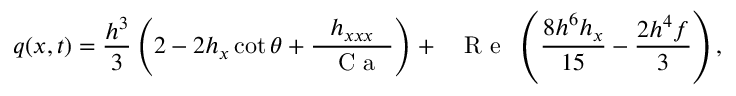
q ( x , t ) = \frac { h ^ { 3 } } { 3 } \left( 2 - 2 h _ { x } \cot \theta + \frac { h _ { x x x } } { \mathrm { ~ \textit ~ { ~ C ~ a ~ } ~ } } \right) + \mathrm { ~ \textit ~ { ~ R ~ e ~ } ~ } \left( \frac { 8 h ^ { 6 } h _ { x } } { 1 5 } - \frac { 2 h ^ { 4 } f } { 3 } \right) ,